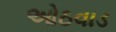
ઓઠવાડ